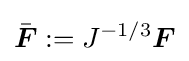
{\bar {\boldsymbol {F}}}:=J^{-1/3}{\boldsymbol {F}}